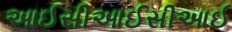
આઈસીઆઈસીઆઈ